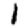
Digit: 1